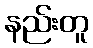
နည်းတူ